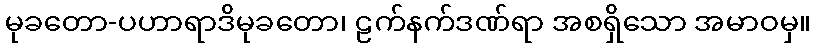
မုခတော-ပဟာရာဒိမုခတော၊ ဠက်နက်ဒဏ်ရာ အစရှိသော အမာဝမှ။